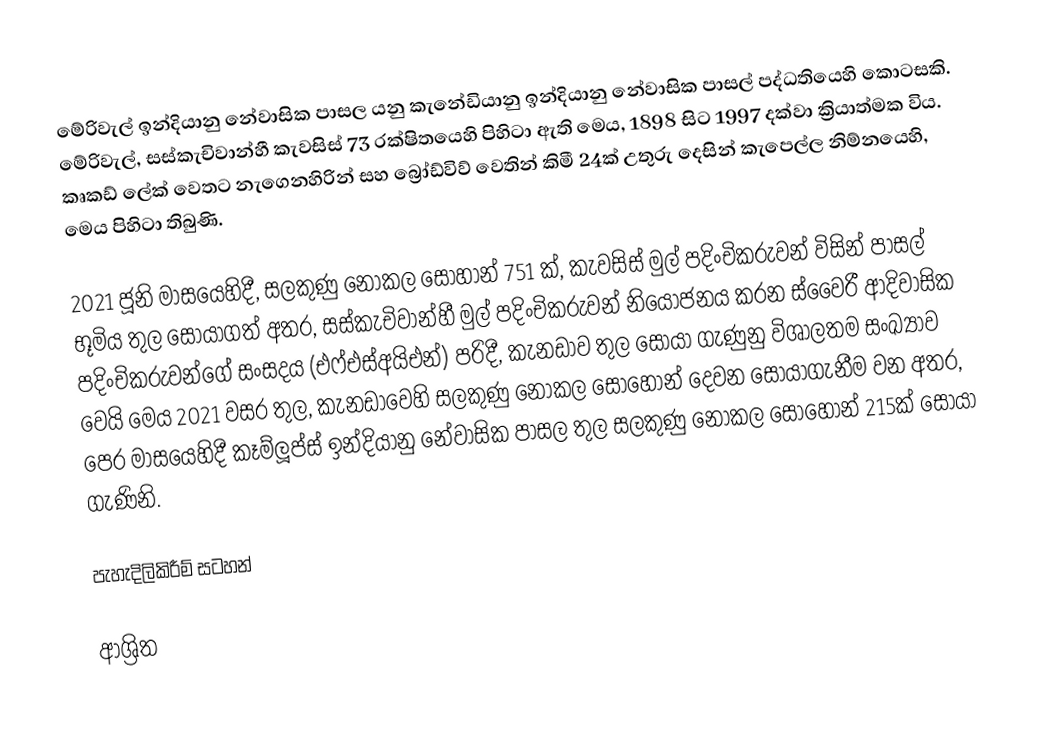
මේරිවැල් ඉන්දියානු නේවාසික පාසල යනු  කැනේඩියානු ඉන්දියානු නේවාසික පාසල් පද්ධතියෙහි කොටසකි. මේරිවැල්, සස්කැචිවාන්හී කැවසිස් 73 රක්ෂිතයෙහි පිහිටා ඇති මෙය, 1898 සිට 1997 දක්වා ක්‍රියාත්මක විය. කෘකඩ් ලේක් වෙතට නැගෙනහිරින් සහ  බ්‍රෝඩ්විව් වෙතින් කිමී 24ක් උතුරු දෙසින්  කැපෙල්ල නිම්නයෙහි, මෙය පිහිටා තිබුණි.

2021 ජූනි මාසයෙහිදී, සලකුණු නොකල සොහාන් 751 ක්,   කැවසිස් මුල් පදිංචිකරුවන් විසින් පාසල් භූමිය තුල සොයාගත් අතර, සස්කැචිවාන්හී මුල් පදිංචිකරුවන් නියෝජනය කරන ස්වෛරී ආදිවාසික පදිංචිකරුවන්ගේ සංසදය (එෆ්එස්අයිඑන්) පරිදී, කැනඩාව තුල සොයා ගැණුනු විශාලතම සංඛ්‍යාව වෙයි  මෙය 2021 වසර තුල, කැනඩාවෙහි  සලකුණු නොකල සොහොන් දෙවන සොයාගැනීම වන අතර, පෙර මාසයෙහිදී කෑම්ලූප්ස් ඉන්දියානු නේවාසික පාසල තුල සලකුණු නොකල සොහොන් 215ක් සොයා ගැණිනි.

පැහැදිලිකිරීම් සටහන්

ආශ්‍රිත